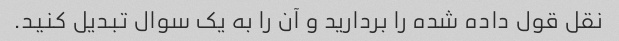
نقل قول داده شده را بردارید و آن را به یک سوال تبدیل کنید.